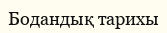
Бодандық тарихы